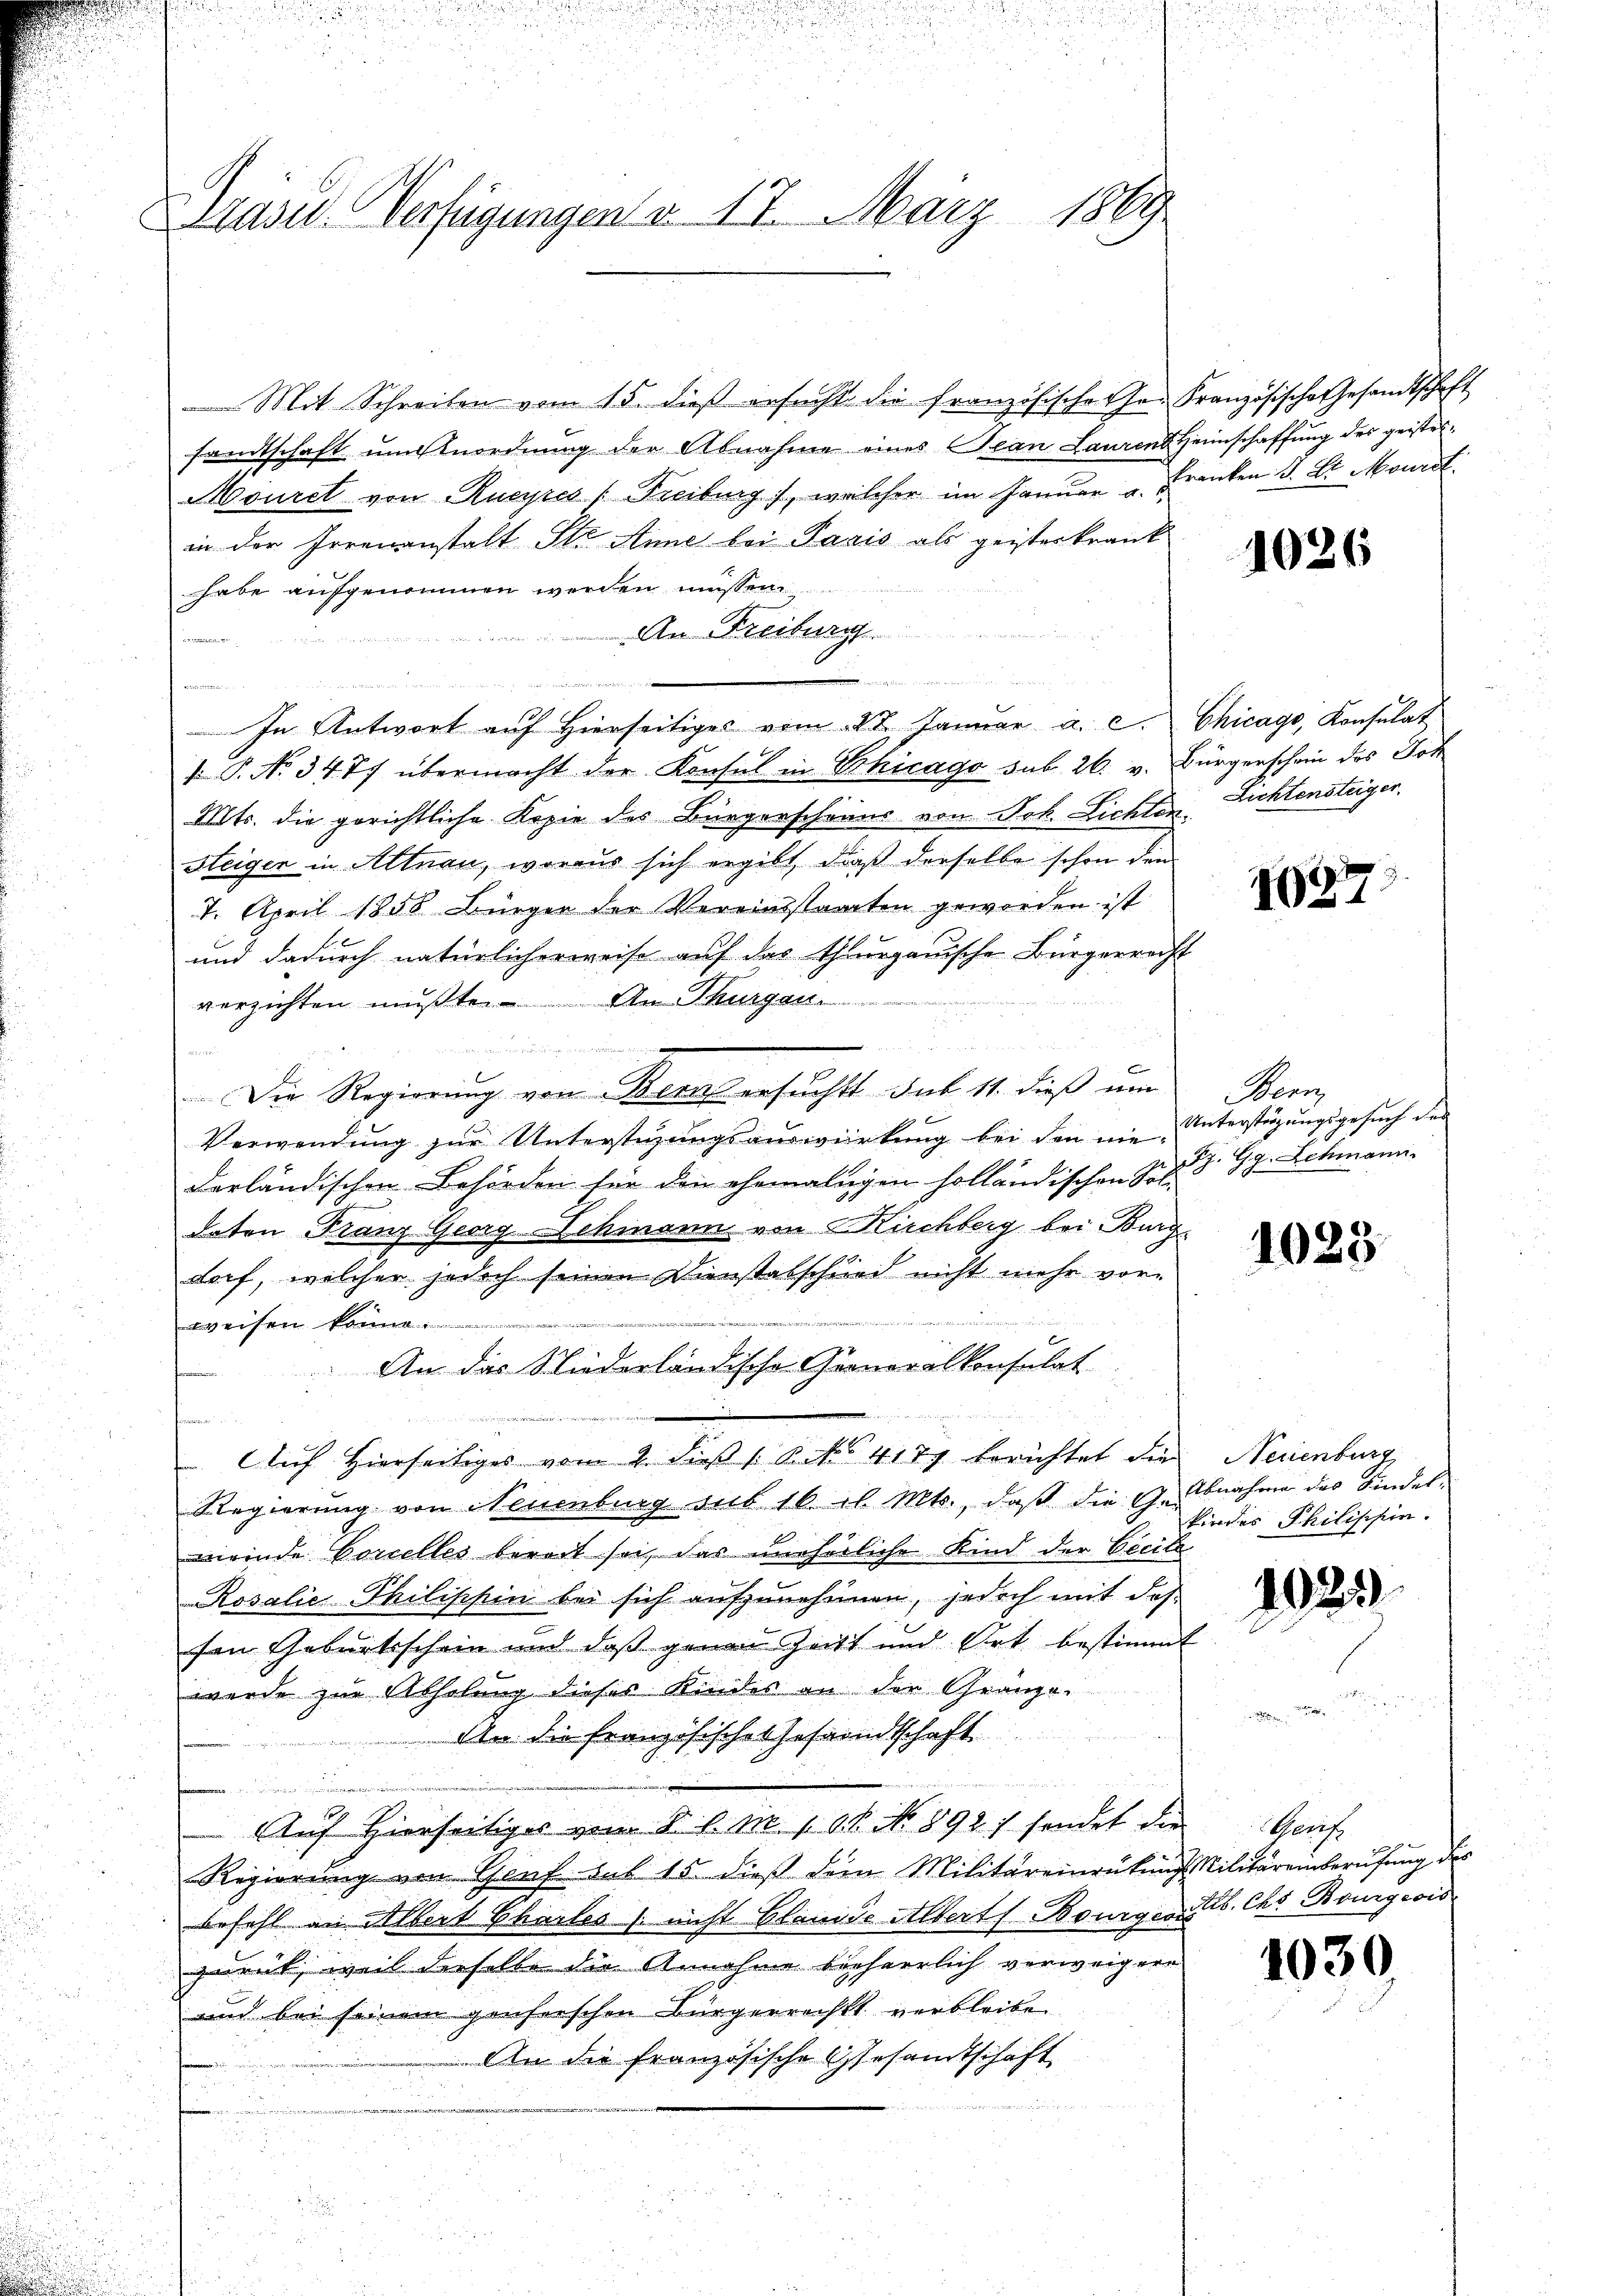
Präses Verfügungen d. 17. März 1869

Mit Schreiben vom 15. dieß ersucht die französische Hr. Französische Gesandtschaft
sandtschaft um Anordnung der Abnahme eines Jean Laurent Heimschaffung des geistel¬
Mouret von Rueyres (Freiburg), welcher im Januar u. Franken d. Dr. Monat
in der Irrenanstalt St. Anne bei Paris als geisterkrank
habe aufgenommen werden müssen.
An Freiburg
 e vier d
a

In Antwort auf Hierseitiges vom 8t. Januar a. c. Chicago, Konsulat
 P. No 34. 77 übermacht der Konsul in Schicago sub 26. v. Bürgerschein des Tod
Mts. die gerichtliche Kopie des Bürgerschraus von Joh. Lichten Lichtensteiger
Steiger in Altnau, woraus sich ergibt, daß derselbe schon den
7. April 1858 Bürger der Vereinstanten geworden ist
und dadurch natürlicherweise auf das Thurgauische Bürgerrecht
verzichten mußte. An Thurgau

d
Die Regierung von Bern ersuchts sub 11. dieß um
Verwendŭng zŭr Unterstüzŭngsauswirkŭng bei den nie Unterstützŭngsgesŭch der
derländischen Behörden für den ehemaligen holländischen Sol-
daten Franz Georg-Lehmann von Kirchberg bei Burg
dorf, welcher jedoch seinen Dienstabschied nicht mehr vorweisen könne.
An das Niederländische Gemoralkonsulat
t
Auf Hierseitiges vom 2. dieß / 5. No 4177 berichtet die Neuenburg,
Regierung von Neuenburg sub 16 il. Mts., daβ die Ge Abnahme des Kindel-
meinde Concelles bereit sei, das uneherliche Kind der Cecile
Rosalie Thilischin bei sich aufzunehmen, jedoch mit dessen Geburtsschein und daß genau Zeitt und Art bestimmt
wurde zur Abholung dieses Kindes an der Gränze.
An die französische Gesandtschaft
n
Auf Hierseitiges vom 8 l. M. 188. No 892 sendet die
Regierung von Genf sub 15. dieß dem Militäreinrükŭng Militäreinberufung des
befehl an Albert Charles (nicht Blanide Alberts Bourgers. Chr. Bourgeois
zuruk, weil derselbe die Annahme bisherrlich verweigere
und bei seinem geiferschen Bürgerrecht verbleiben
An die französische Gesandtschaft
u

u

a

1026

1027.

Bern,
y. Gg. Schmann

1025

kindes Philischen.

1023

Garis

1030